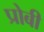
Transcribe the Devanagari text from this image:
प्रोबी